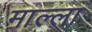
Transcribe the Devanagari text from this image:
माल्ला